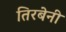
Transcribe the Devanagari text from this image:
तिरबेनी